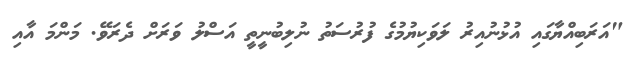
"އަރަބިއްޔާގައި އުޅުނުއިރު ލަވަކިޔުމުގެ ފުރުސަތު ނުލިބުނީތީ އަސްލު ވަރަށް ދެރަވޭ. މަންމަ އާއި